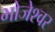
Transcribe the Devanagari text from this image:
भोजेश्‍वर